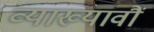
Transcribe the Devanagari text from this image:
व्याख्यावौं